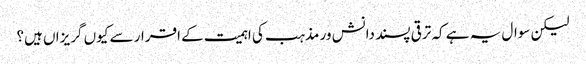
لیکن سوال یہ ہے کہ ترقی پسند دانش ور مذہب کی اہمیت کے اقرار سے کیوں گریزاں ہیں؟